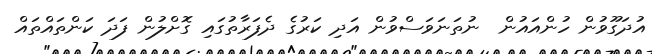
އުދަގޫވުން ހުންއައުން  ނުތަނަވަސްވުން އަދި ކަރުގެ ދެފަރާތުގައި ގޮށްލުން ފަދަ ކަންތައްތައް